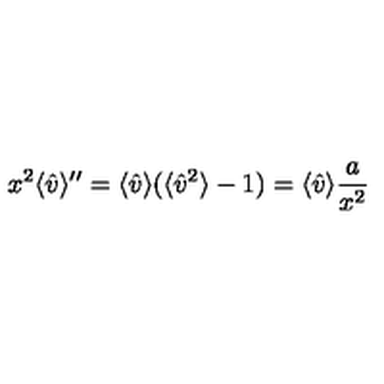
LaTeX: x ^ { 2 } \langle { \hat { v } } \rangle ^ { \prime \prime } = \langle { \hat { v } } \rangle ( \langle { \hat { v } } ^ { 2 } \rangle - 1 ) = \langle { \hat { v } } \rangle { \frac { a } { x ^ { 2 } } }